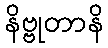
နိဗ္ဗုတာနိ